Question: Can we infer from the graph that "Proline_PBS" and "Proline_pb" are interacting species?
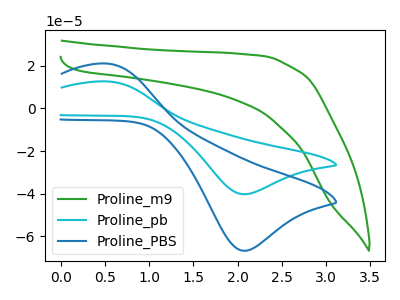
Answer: <think>The green curve "Proline_m9" has no peaks. The cyan curve "Proline_pb" has an anodic peak at (0.50V, 12.75uA) and a cathodic peak at (2.05V, -40.25uA). The blue curve "Proline_PBS" has an anodic peak at (0.50V, 21.15uA) and a cathodic peak at (2.05V, -66.80uA).
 All the peaks in "Proline_PBS" have a peak in "Proline_pb" at the same potential. Every peak in "Proline_PBS" is higher than every peak in "Proline_pb".</think>
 <answer>No, "Proline_PBS" and "Proline_pb" don't appear to be significantly different in shape</answer>
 <eval>no_change</eval>